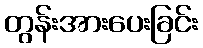
တွန်းအားပေးခြင်း